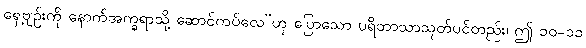
ရှေ့ဗျဉ်းကို နောက်အက္ခရာသို့ ဆောင်ကပ်လေ”ဟု ပြောသော ပရိဘာသာသုတ်ပင်တည်း၊ ဤ ၁၀-၁၁